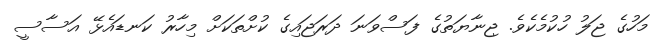
މަހުގެ ޖަލު ހުކުމެކެވެ. ޖިނާޔަތުގެ ފަސްވަނަ ދަރަޖައިގެ ކުށްތަކަށް މިހާރު ކަނޑައެޅޭ އަސާސީ